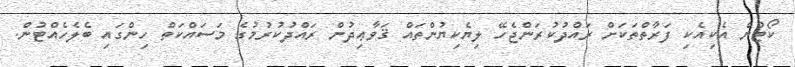
ކޯޓުން އެކިއެކި ފަރާތްތަކަށް ރައްދުކުރަންޖެހޭ ލިޔެކިޔުންތައް ޤަވާޢިދުން ރައްދުކުރުމުގެ މަސައްކަތް ހިންގައި ބެލެހެއްޓުން.